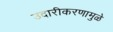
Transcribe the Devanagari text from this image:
उदारीकरणामुळे